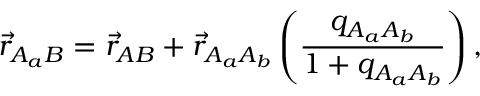
\vec { r } _ { A _ { a } B } = \vec { r } _ { A B } + \vec { r } _ { A _ { a } A _ { b } } \left( \frac { q _ { A _ { a } A _ { b } } } { 1 + q _ { A _ { a } A _ { b } } } \right) ,